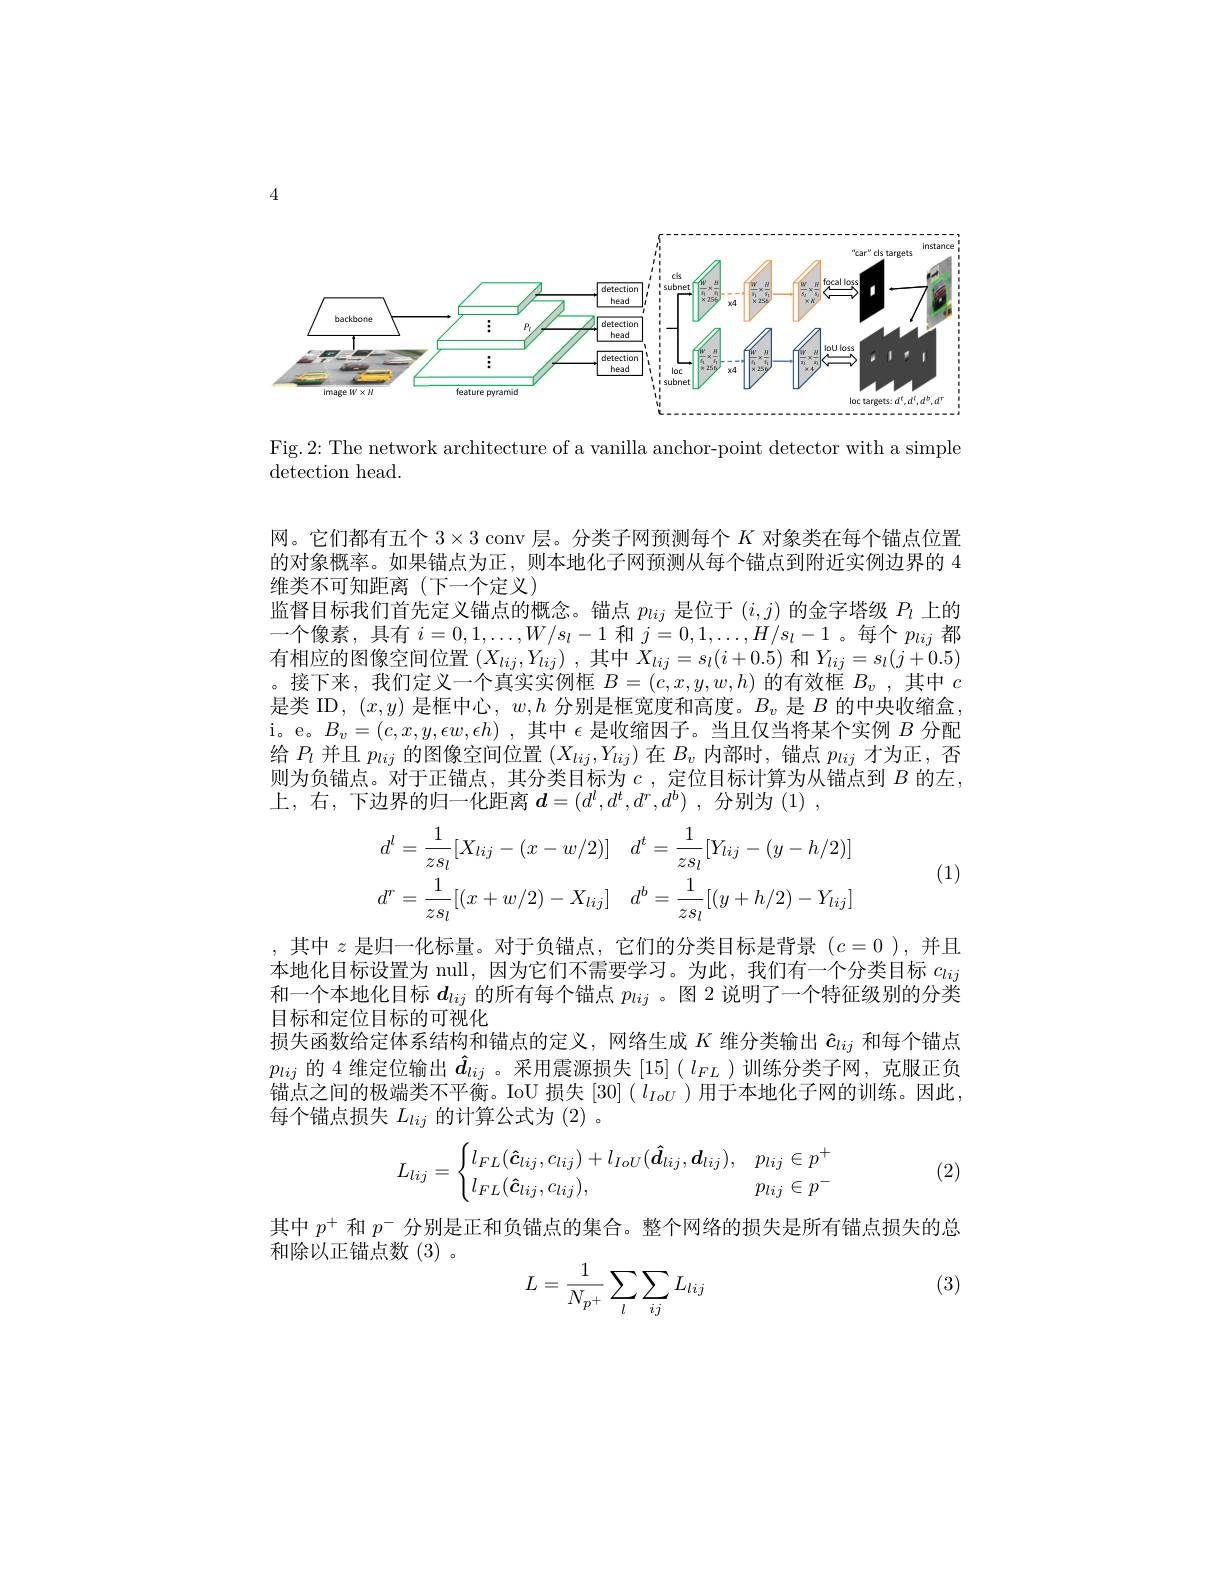
4

<FigureHere>

Fig.2: The network architecture of a vanilla anchor-point detector with a simple
${\mathrm{detection~head.}}$

网。它们都有五个$3\times3$ conv 层。分类子网预测每个$K$对象类在每个锚点位置的对象概率。如果错点为正，则本地化子网预测从每个锚点到附近实例边界的 4维类不可知距离(下一个定义)
监督目标我们首先定义锚点的概念。锚点$p_{lij}$是位于$(i,j)$的金字塔级$P_l$上的一个像素，具有$i=0,1,\ldots,W/s_l-1$和$j=0,1,\ldots,H/s_l-1$ 。每个$p_lij$都有相应的图像空间位置$( X_lij, Y_{lij})$ ,其中$X_lij=s_l(i+0.5)$和$Y_lij=s_l(j+0.5)$ 。接下来，我们定义一个真实实例框$B=(c,x,y,w,h)$的有效框$B_v$,其中$c$ 是类 ID, $(x,y)$是框中心$,w,h$分别是框宽度和高度。$B_v$是$B$的中央收缩盒i。e。$B_v=(c,x,y,\epsilon w,\epsilon h)$ ,其中$\epsilon$是收缩因子。当且仅当将某个实例$B$分配给$P_l$并且$p_lij$的图像空间位置$(X_lij,Y_{lij})$在$B_v$内部时，锚点$p_lij$才为正，否则为负锚点。对于正锚点，其分类目标为$c$ ,定位目标计算为从锚点到 $B$ 的左上，右，下边界的归一化距离$d= ( d^l, d^t, d^r, d^b)$ ,分别为(1) ,
$$d^{l}=\frac{1}{zs_{l}}[X_{lij}-(x-w/2)]\quad d^{t}=\frac{1}{zs_{l}}[Y_{lij}-(y-h/2)]\\d^{r}=\frac{1}{zs_{l}}[(x+w/2)-X_{lij}]\quad d^{b}=\frac{1}{zs_{l}}[(y+h/2)-Y_{lij}]$$
(1)

,其中$z$是归一化标量。对于负锚点，它们的分类目标是背景$(c=0)$,并且本地化目标设置为 null, 因为它们不需要学习。为此，我们有一个分类目标$c_{lij}$ 和一个本地化目标$d_{lij}$的所有每个锚点$p_lij$ 。图 2 说明了一个特征级别的分类目标和定位目标的可视化
损失函数给定体系结构和锚点的定义，网络生成$K$维分类输出$\hat{c}_{lij}$和每个错点$p_{lij}$的 4 维定位输出$\hat{d}_{lij}$ 。采用震源损失$[15](l_FL)$训练分类子网，克服正负锚点之间的极端类不平衡。IoU 损失$[30](l_{IoU})$用于本地化子网的训练。因此， 每个锚点损失$L_lij$的计算公式为(2)。
$$L_{lij}=\begin{cases}l_{FL}(\boldsymbol{\hat{c}}_{lij},c_{lij})+l_{IoU}(\boldsymbol{\hat{d}}_{lij},\boldsymbol{d}_{lij}),&p_{lij}\in p^+\\l_{FL}(\boldsymbol{\hat{c}}_{lij},c_{lij}),&p_{lij}\in p^-\end{cases}$$
(2)

其中$p^+$和$p^-$分别是正和负锚点的集合。整个网络的损失是所有锚点损失的总
和除以正锚点数(3)。
$$\begin{aligned}L=\frac{1}{N_{p^+}}\sum_{l}\sum_{ij}L_{lij}\end{aligned}$$
(3)